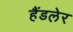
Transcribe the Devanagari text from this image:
हैंडलेर